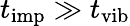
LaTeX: t_{\mathrm{imp}}\gg t_{\mathrm{vib}}